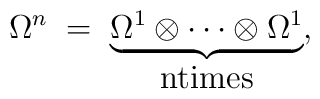
\Omega^n \; = \;\underbrace{\Omega^1 \otimes \cdots\otimes \Omega^1}_{\hbox{ntimes}},